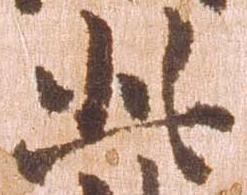
此